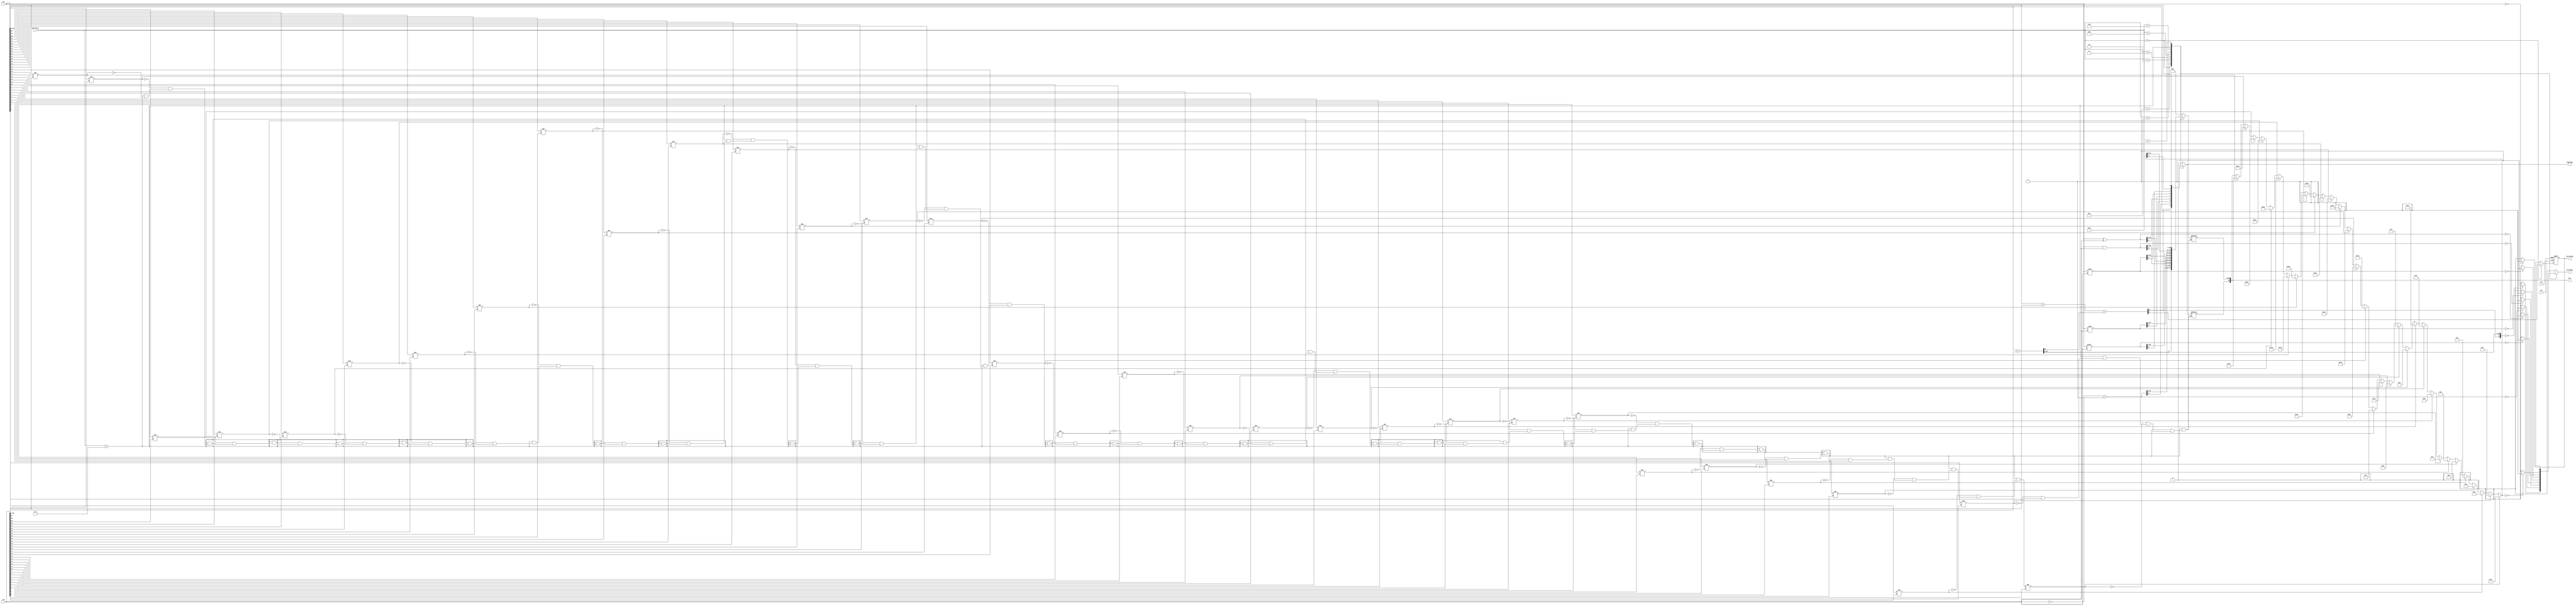
`timescale 1ns / 1ps
//////////////////////////////////////////////////////////////////////////////////
// Company: 
// Engineer: 
// 
// Design Name: 
// Module Name:    ALU 
// Project Name: 
// Target Devices: 
// Tool versions: 
// Description: 
//
// Dependencies: 
//
// Revision: 
// Revision 0.01 - File Created
// Additional Comments: 
//
//////////////////////////////////////////////////////////////////////////////////
module ALU(
input clk, rst,
input [31:0] in1, in2,
input [3:0] operation,
output reg [31:0] out,
output reg carryFlag,
output reg zeroFlag,
output reg signFlag
    );
	 
	 reg carry, carry_;
	 
always @(posedge clk or posedge rst) begin
		if(rst) begin
		  carryFlag <= 1'b0;
		end
		else if(operation == 4'b0000) begin
		  carryFlag <= carry;
		end
end
integer i;
always @(*)begin
		carry = 1'b0;
		carry_ = 1'b0;
		case(operation)
				4'd0:  begin   // add
					{carry_,out[30:0]}=in1[30:0]+in2[30:0];
					{carry,out[31]}=in1[31]+in2[31]+carry_;
					zeroFlag=(out==0)?1'b1:1'b0;
					signFlag=out[31];
				end
				
				4'd1:  begin   // comp
					out = (~in2) + 1;
					zeroFlag=(out==0)?1'b1:1'b0;
					signFlag=out[31];
				end
				
				4'd2:  begin	// and
					out = in1&in2;
					zeroFlag=(out==0)?1'b1:1'b0;
					signFlag=out[31];
				end
				
				4'd3:  begin	// xor
					out = in1 ^ in2;
					zeroFlag=(out==0)?1'b1:1'b0;
					signFlag=out[31];
				end
				
				4'd4:  begin	// shll
					out = in1 << in2;
					zeroFlag=(out==0)?1'b1:1'b0;
					signFlag=out[31];
				end
				
				4'd5:  begin	// shrl
					out = in1 >> in2;
					zeroFlag=(out==0)?1'b1:1'b0;
					signFlag=out[31];
				end
				
				4'd6:  begin	// shra
					out = in1 >>> in2;
					zeroFlag=(out==0)?1'b1:1'b0;
					signFlag=out[31];
				end
				
				4'd7:  begin	// diff
					for(i=31;i>=0;i=i-1)begin
						if(in1[i] != in2[i])begin
							out = i;
						end
					end
					zeroFlag = (out==0)?1'b1:1'b0;
					signFlag = out[31];
				end
				
				4'd8:  begin	// equal to zero
					out = in1;
					zeroFlag = (out==0)?1'b1:1'b0;
					signFlag = out[31];
				end
				
				default:  begin
					out = 32'd0;
					zeroFlag = 1'b0;
					signFlag = 1'b0;
				end
				
		endcase
end

endmodule